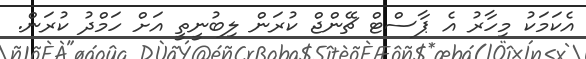
އެކަމަކު މިހާރު އެ ޕާސްޓް ޗޭންޖް ކުރަން ލިބުނީތީ އަށް ހަމްދު ކުރަން.